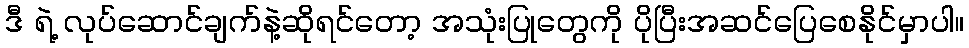
ဒီ ရဲ့ လုပ်ဆောင်ချက်နဲ့ဆိုရင်တော့ အသုံးပြုတွေကို ပိုပြီးအဆင်ပြေစေနိုင်မှာပါ။